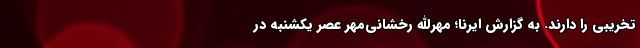
تخریبی را دارند. به گزارش ایرنا؛ مهرالله رخشانی‌مهر عصر یکشنبه در